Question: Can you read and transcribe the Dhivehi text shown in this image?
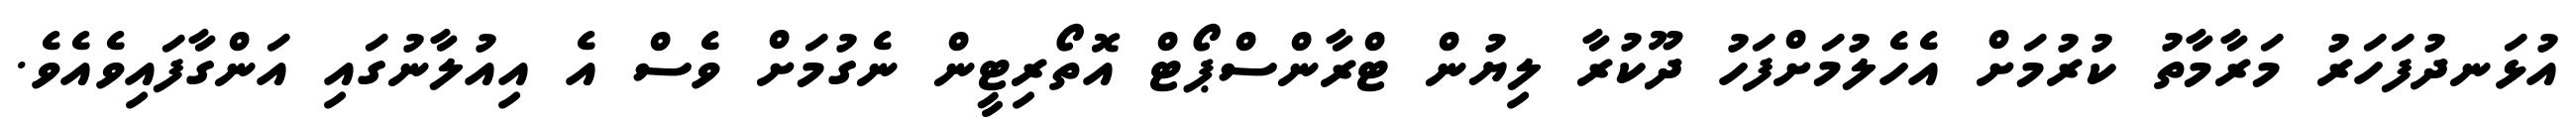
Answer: އުޅަނދުފަހަރު މަރާމާތު ކުރުމަށް އެހެލުމަށްފަހު ދޫކުރާ ލިޔުން ޓްރާންސްޕޯޓް އޮތޯރިޓީން ނެގުމަށް ވެސް އެ އިއުލާނުގައި އަންގާފައިވެއެވެ.